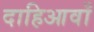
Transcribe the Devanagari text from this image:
दाहिआवाँ